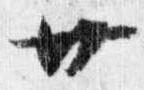
廿